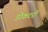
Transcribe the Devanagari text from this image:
डोकटरी